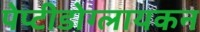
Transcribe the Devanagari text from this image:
पेप्टीडोग्लायकन